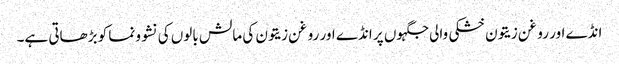
انڈے اور روغن زیتون خشکی والی جگہوں پر انڈے اور روغن زیتون کی مالش بالوں کی نشوونما کو بڑھاتی ہے۔